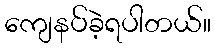
ကျေနပ်ခဲ့ရပါတယ်။